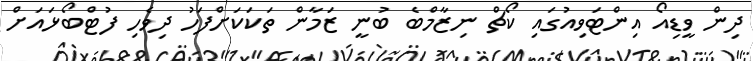
ދިން ވީޑިއޯ އިންޓަވިއުގައި ކޯޗް ނިޒާމްބެ ބުނީ ޒަމާން ތަކަކަށްފަހު ދިވެހި ފުޓްބޯޅައަށް